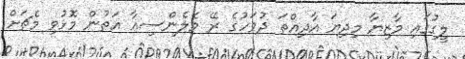
ލީގުގައި މާޒިޔާ މިދިޔަ އާދިއްތަ ދުވަހުގެ ރޭ ވެލެންސިއާ އަތުން މޮޅުވި މެޗަށް